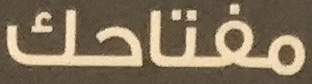
مفتاحك